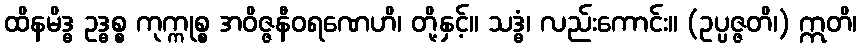
ထိနမိဒ္ဓ ဥဒ္ဓစ္စ ကုက္ကုစ္စ အဝိဇ္ဇနီဝရဏေဟိ၊ တို့နှင့်။ သဒ္ဓံ၊ လည်းကောင်း။ (ဥပ္ပဇ္ဇတိ၊) ဣတိ၊